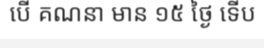
បើ គណនា មាន ១៥ ថ្ងៃ ទើប